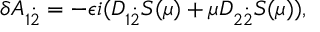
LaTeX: \delta A _ { 1 { \dot { 2 } } } = - \epsilon i ( { \cal D } _ { 1 { \dot { 2 } } } S ( \mu ) + \mu { \cal D } _ { 2 { \dot { 2 } } } S ( \mu ) ) ,